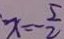
x = - \frac { 5 } { 2 }